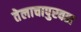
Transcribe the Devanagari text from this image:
तेलाचापुरवठा